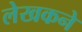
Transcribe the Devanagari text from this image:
लेखकने